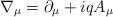
LaTeX: \begin{align*}\nabla _{\mu }=\partial _{\mu }+iqA_{\mu } \end{align*}